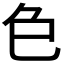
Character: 𮎛